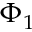
\Phi _ { 1 }